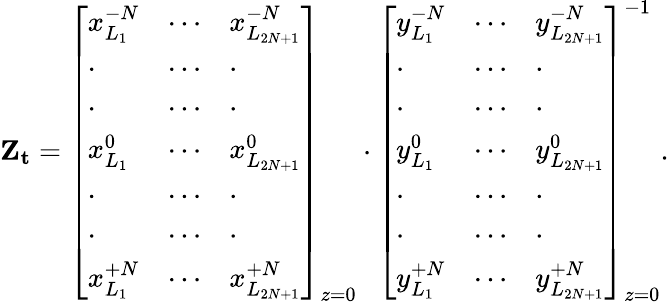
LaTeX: \mathbf{Z_{t}}=\left[\begin{array}{lll}{x_{{L_{1}}}^{-N}}&{\cdots}&{x_{{L_{2N+1}}}^{-N}}\\ {\cdot}&{\cdots}&{\cdot}\\ {\cdot}&{\cdots}&{\cdot}\\ {x_{{L_{1}}}^{0}}&{\cdots}&{x_{{L_{2N+1}}}^{0}}\\ {\cdot}&{\cdots}&{\cdot}\\ {\cdot}&{\cdots}&{\cdot}\\ {x_{{L_{1}}}^{+N}}&{\cdots}&{x_{{L_{2N+1}}}^{+N}}\end{array}\right]_{z=0}\cdot\left[\begin{array}{lll}{y_{{L_{1}}}^{-N}}&{\cdots}&{y_{{L_{2N+1}}}^{-N}}\\ {\cdot}&{\cdots}&{\cdot}\\ {\cdot}&{\cdots}&{\cdot}\\ {y_{{L_{1}}}^{0}}&{\cdots}&{y_{{L_{2N+1}}}^{0}}\\ {\cdot}&{\cdots}&{\cdot}\\ {\cdot}&{\cdots}&{\cdot}\\ {y_{{L_{1}}}^{+N}}&{\cdots}&{y_{{L_{2N+1}}}^{+N}}\end{array}\right]_{z=0}^{-1}.